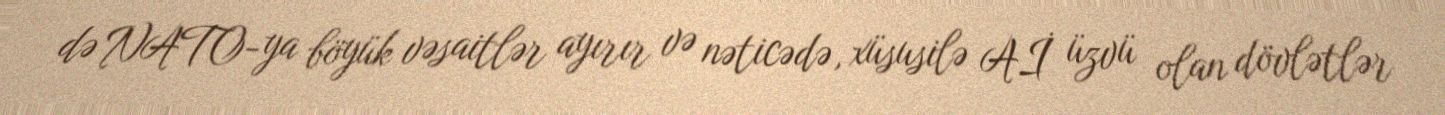
də NATO-ya böyük vəsaitlər ayırır və nəticədə, xüsusilə Aİ üzvü olan dövlətlər